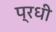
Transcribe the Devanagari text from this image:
प्रधी